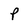
Character: P